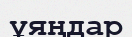
ұяңдар